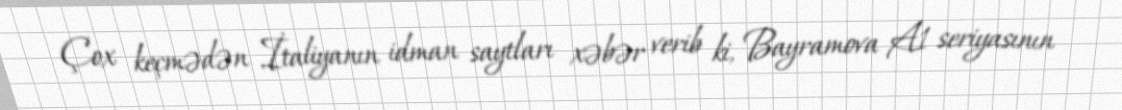
Çox keçmədən İtaliyanın idman saytları xəbər verib ki, Bayramova A1 seriyasının